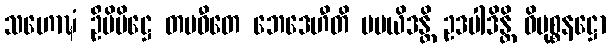
သဟောဍ္ဎံ ဦမိပိဋ္ဌေ တမဓီတေ ဘေဒေဟီတိ မမယိဒန္တိ ဥဒပါဒိန္တိ ဝိမုစ္စနဋ္ဌော